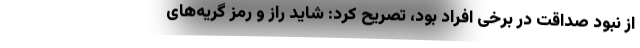
از نبود صداقت در برخی افراد بود، تصریح کرد: شاید راز و رمز گریه‌های